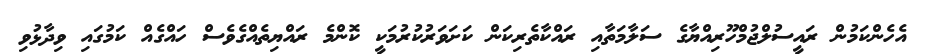
އެހެންކަމުން ރައީސުލްޖުމްހޫރިއްޔާގެ ސަލާމަތާއި ރައްކާތެރިކަން ކަށަވަރުކުރުމަކީ ކޮންމެ ރައްޔިތެއްގެވެސް ހައްގެއް ކަމުގައި ވިދާޅުވި